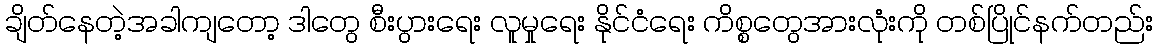
ချိတ်နေတဲ့အခါကျတော့ ဒါတွေ စီးပွားရေး လူမှုရေး နိုင်ငံရေး ကိစ္စတွေအားလုံးကို တစ်ပြိုင်နက်တည်း